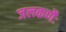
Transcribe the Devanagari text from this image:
जलकणैः